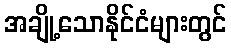
အချို့သောနိုင်ငံများတွင်